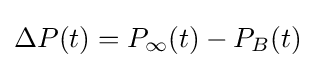
\Delta P(t)=P_{\infty }(t)-P_{B}(t)